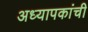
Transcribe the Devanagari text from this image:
अध्यापकांची